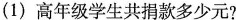
(1)高年级学生共捐款多少元?